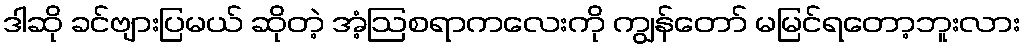
ဒါဆို ခင်ဗျားပြမယ် ဆိုတဲ့ အံ့ဩစရာကလေးကို ကျွန်တော် မမြင်ရတော့ဘူးလား